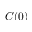
C ( 0 )